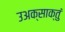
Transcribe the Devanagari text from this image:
उअक्साक्तुं